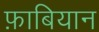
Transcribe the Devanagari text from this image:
फ़ाबियान